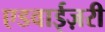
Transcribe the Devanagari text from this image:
एडवाईज़री